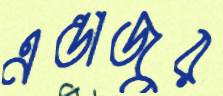
এন্তাজুর